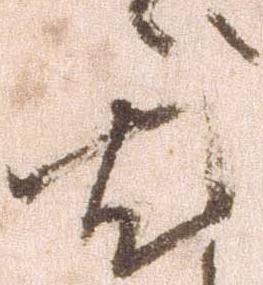
尤